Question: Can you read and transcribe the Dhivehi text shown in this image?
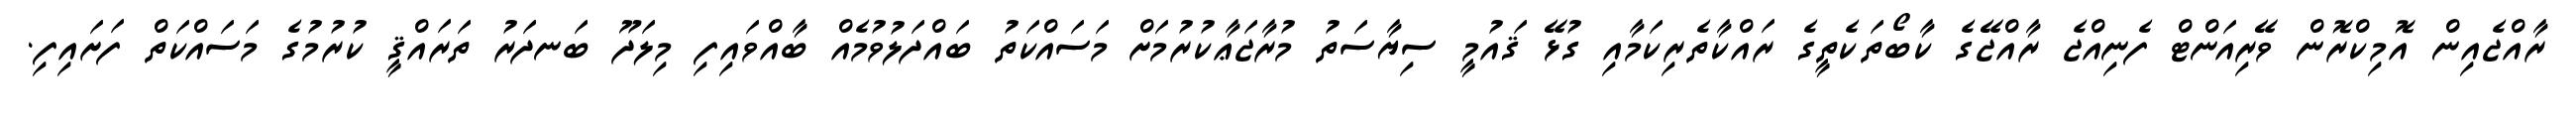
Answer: ރާއްޖެއިން އޮމިކްރޮން ވޭރިއަންޓް ފެނިއްޖެ ރާއްޖޭގެ ކާބޯތަކެތީގެ ރައްކާތެރިކަމާއި ގުޅޭ ޤައުމީ ސިޔާސަތު މުރާޖަޢާކުރުމަށް މަސައްކަތު ބައްދަލުވުމެއް ބާއްވައިފި މިލަދޫ ބަނދަރު ތަރައްޤީ ކުރުމުގެ މަސައްކަތް ފަށައިފި.